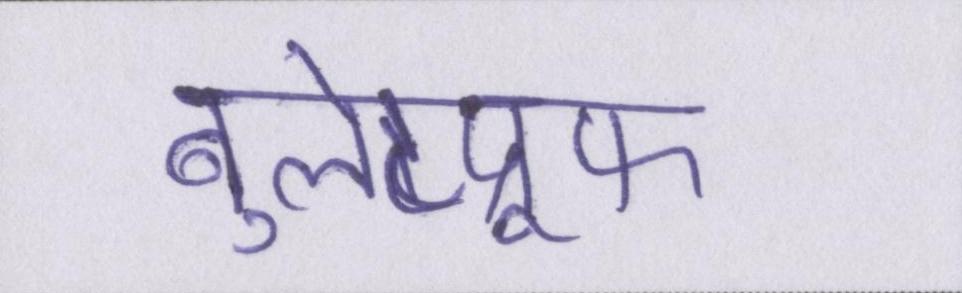
बुलेटप्रूफ